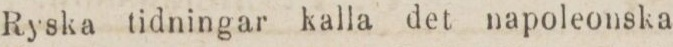
Ryska tidningar kalla det napoleonska